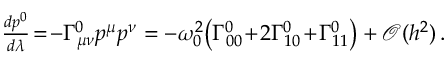
\begin{array} { r } { \frac { d p ^ { 0 } } { d \lambda } \! = \! - \Gamma _ { \mu \nu } ^ { 0 } p ^ { \mu } p ^ { \nu } = - \omega _ { 0 } ^ { 2 } \big ( \Gamma _ { 0 0 } ^ { 0 } \! + \! 2 \Gamma _ { 1 0 } ^ { 0 } \! + \! \Gamma _ { 1 1 } ^ { 0 } \big ) + \mathcal { O } ( h ^ { 2 } ) \, . } \end{array}